King Institute of Preventive Medicine Micro-Biological Section reports 1912-19
Year: 1912
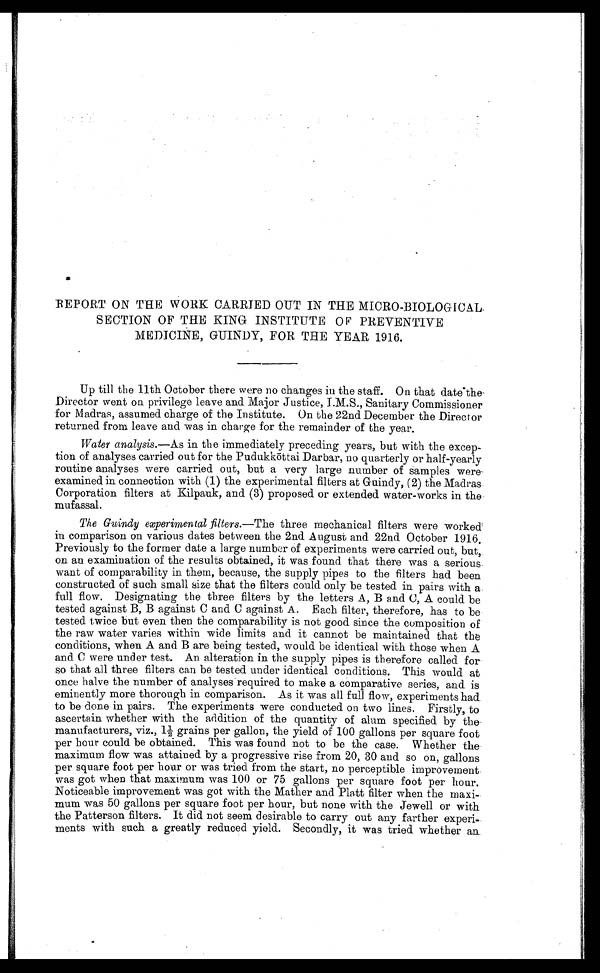
REPORT ON THE WORK CARRIED OUT IN THE MICRO-BIOLOGICAL
SECTION OF THE KING INSTITUTE OF PREVENTIVE
MEDICINE, GUINDY, FOR THE YEAR 1916.
Up till the 11th October there were no changes in the staff. On that date the
Director went on privilege leave and Major Justice, I.M.S., Sanitary Commissioner
for Madras, assumed charge of the Institute. On the 22nd December the Director
returned from leave and was in charge for the remainder of the year.
Water analysis .—As in the immediately preceding years, but with the excep
-tion of analyses carried out for the Pudukk ōttai Darbar, no quarterly or half-yearly
routine analyses were carried out, but a very large number of samples were
examined in connection with (1) the experimental filters at Guindy, (2) the Madras
Corporation filters at Kilpauk, and (3) proposed or extended water-works in the
mufassal.
The Guindy experimental filters .—The three mechanical filters were worked
in comparison on various dates between the 2nd August and 22nd October 1916.
Previously to the former date a large number of experiments were carried out, but,
on an examination of the results obtained, it was found that there was a serious
want of comparability in them, because, the supply pipes to the filters had been
constructed of such small size that the filters could only be tested in pairs with a
full flow. Designating the three filters by the letters A, B and C, A could be
tested against B, B against C and C against A. Each filter, therefore, has to be
tested twice but even then the comparability is not good since the composition of
the raw water varies within wide limits and it cannot be maintained that the
conditions, when A and B are being tested, would be identical with those when A
and C were under test. An alteration in the supply pipes is therefore called for
so that all three filters can be tested under identical conditions. This would at
once halve the number of analyses required to make a comparative series, and is
eminently more thorough in comparison. As it was all full flow, experiments had
to be done in pairs. The experiments were conducted on two lines. Firstly, to
ascertain whether with the addition of the quantity of alum specified by the
manufacturers, viz., 1½ grains per gallon, the yield of 100 gallons per square foot
per hour could be obtained. This was found not to be the case. Whether the
maximum flow was attained by a progressive rise from 20, 30 and so on, gallons
per square foot per hour or was tried from the start, no perceptible improvement
was got when that maximum was 100 or 75 gallons per square foot per hour.
Noticeable improvement was got with the Mather and Platt filter when the maxi
-mum was 50 gallons per square foot per hour, but none with the Jewell or with
the Patterson filters. It did not seem desirable to carry out any farther experi
-ments with such a greatly reduced yield. Secondly, it was tried whether an